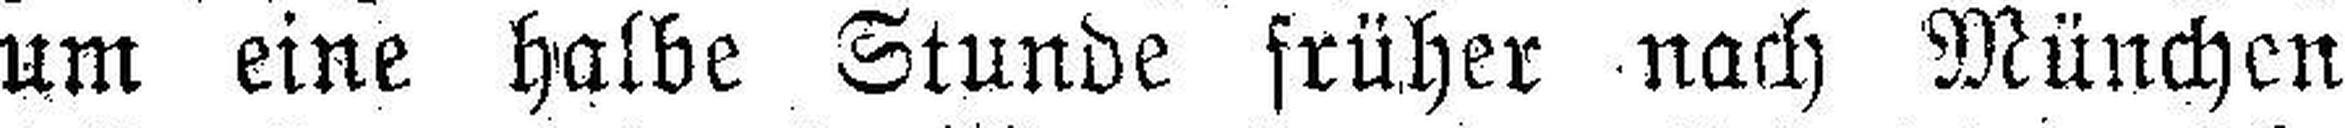
um eine halbe Stunde früher nach München